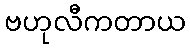
ဗဟုလီကတာယ